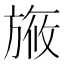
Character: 㫍